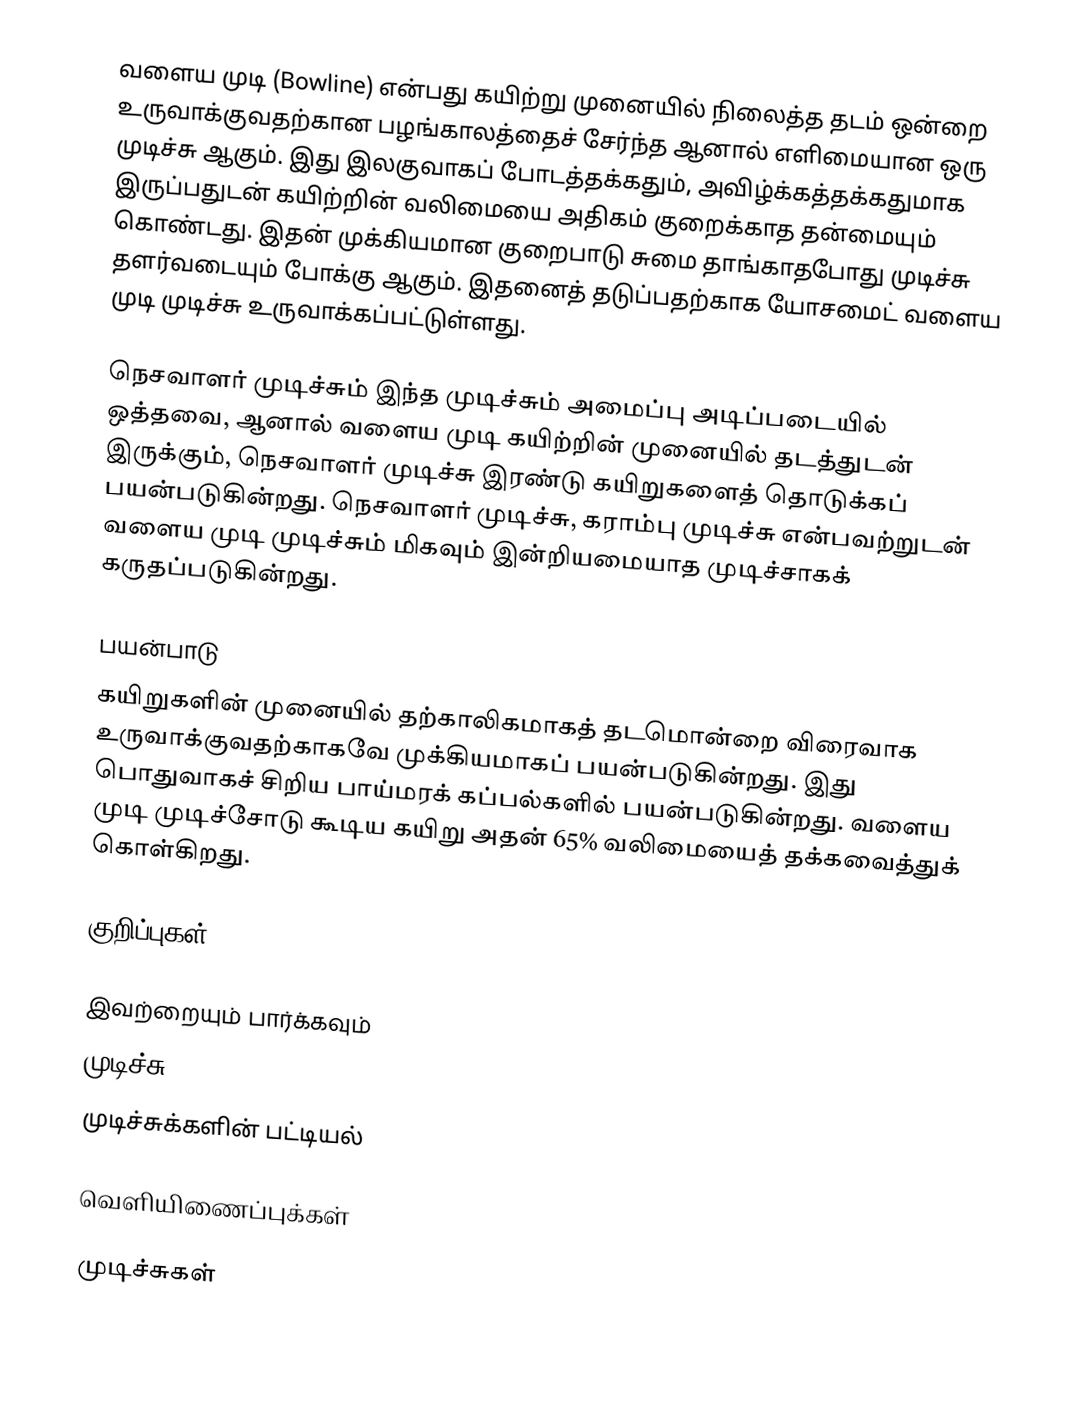
வளைய முடி (Bowline) என்பது கயிற்று முனையில் நிலைத்த தடம் ஒன்றை உருவாக்குவதற்கான பழங்காலத்தைச் சேர்ந்த ஆனால் எளிமையான ஒரு முடிச்சு ஆகும். இது இலகுவாகப் போடத்தக்கதும், அவிழ்க்கத்தக்கதுமாக இருப்பதுடன் கயிற்றின் வலிமையை அதிகம் குறைக்காத தன்மையும் கொண்டது. இதன் முக்கியமான குறைபாடு சுமை தாங்காதபோது முடிச்சு தளர்வடையும் போக்கு ஆகும். இதனைத் தடுப்பதற்காக யோசமைட் வளைய முடி முடிச்சு உருவாக்கப்பட்டுள்ளது.

நெசவாளர் முடிச்சும் இந்த முடிச்சும் அமைப்பு அடிப்படையில் ஒத்தவை, ஆனால் வளைய முடி கயிற்றின் முனையில் தடத்துடன் இருக்கும், நெசவாளர் முடிச்சு இரண்டு கயிறுகளைத் தொடுக்கப் பயன்படுகின்றது. நெசவாளர் முடிச்சு, கராம்பு முடிச்சு என்பவற்றுடன் வளைய முடி முடிச்சும் மிகவும் இன்றியமையாத முடிச்சாகக் கருதப்படுகின்றது.

பயன்பாடு
கயிறுகளின் முனையில் தற்காலிகமாகத் தடமொன்றை விரைவாக உருவாக்குவதற்காகவே முக்கியமாகப் பயன்படுகின்றது. இது பொதுவாகச் சிறிய பாய்மரக் கப்பல்களில் பயன்படுகின்றது. வளைய முடி முடிச்சோடு கூடிய கயிறு அதன் 65% வலிமையைத் தக்கவைத்துக் கொள்கிறது.

குறிப்புகள்

இவற்றையும் பார்க்கவும்
 முடிச்சு
 முடிச்சுக்களின் பட்டியல்

வெளியிணைப்புக்கள்

முடிச்சுகள்